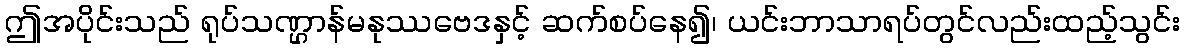
ဤအပိုင်းသည် ရုပ်သဏ္ဌာန်မနုဿဗေဒနှင့် ဆက်စပ်နေ၍၊ ယင်းဘာသာရပ်တွင်လည်းထည့်သွင်း